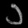
Digit: ၁